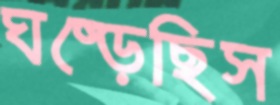
ঘষ্‌ড়েছিস